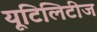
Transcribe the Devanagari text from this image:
यूटिलिटीज